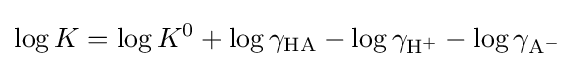
\log K=\log K^{0}+\log \gamma _{\mathrm {HA} }-\log \gamma _{\mathrm {H} {\vphantom {A}}^{+}}-\log \gamma _{\mathrm {A} {\vphantom {A}}^{-}}